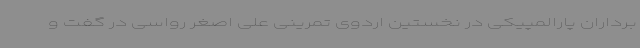
برداران پارالمپیکی در نخستین اردوی تمرینی علی اصغر رواسی در گفت و